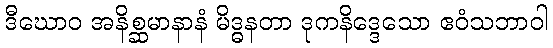
ဒီဃောဝ အနိစ္ဆမာနာနံ မိဒ္ဓနတာ ဒုကနိဒ္ဒေသော ဧဝံသဘာဝါ